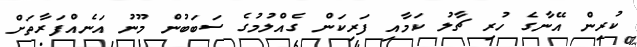
ކުރިން އޭނާގެ ހުރި ޗާލު ކަމާއި ފަރިކަން ގެއްލުމުގެ ސަބަބުން މޫނު އަނެއްފަރާތަށް